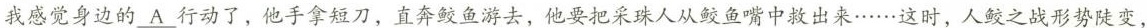
我感觉身边的\underline{A}行动了，他手拿短刀，直奔鲛鱼游去，他要把采珠人从鲛鱼嘴中救出来……这时，人鲛之战形势陡变，